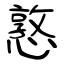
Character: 憝